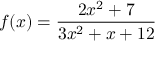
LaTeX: f ( x ) = { \frac { 2 x ^ { 2 } + 7 } { 3 x ^ { 2 } + x + 1 2 } }